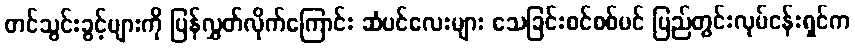
တင်သွင်းခွင့်များကို ပြန်လွှတ်လိုက်ကြောင်း ဆံပင်လေးများ သေခြင်းစင်စစ်ပင် ပြည်တွင်းလုပ်ငန်းရှင်က